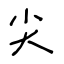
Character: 尖